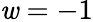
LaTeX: \mathit{w}=-1